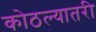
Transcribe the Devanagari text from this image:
कोठल्यातरी